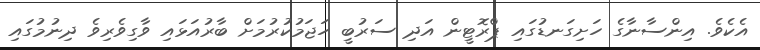
އެކެވެ. އިންސާނާގެ ހަށިގަނޑުގައި ޕްރޮޓީން އަދި ސަރުބީ ހަޖަމުކުރުމަށް ބާރުއަޅައި ވާގިވެރިވެ ދިނުމުގައި